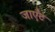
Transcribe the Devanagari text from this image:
जाएँट